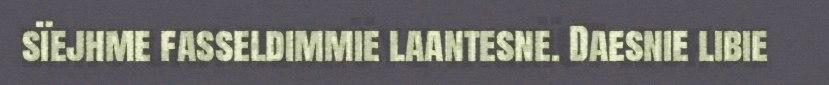
sïejhme fasseldimmie laantesne. Daesnie libie